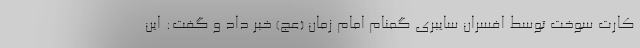
کارت سوخت توسط افسران سایبری گمنام امام زمان (عج) خبر داد و گفت: این